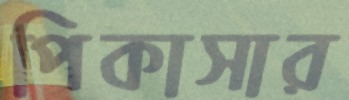
পিকাসার